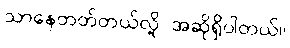
သာနေတတ်တယ်လို့ အဆိုရှိပါတယ်။